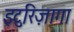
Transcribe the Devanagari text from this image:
इटुरिज़ागा